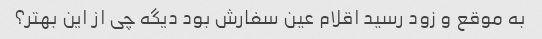
به موقع و زود رسید اقلام عین سفارش بود دیگه چی از این بهتر؟